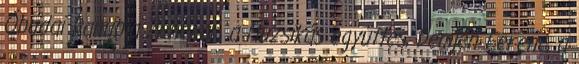
Óbudai Danubia Zenekar, a Muzsikás együttes, Demjén Ferenc, a